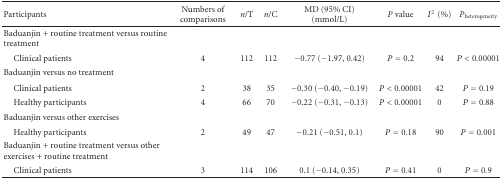
| Participants | Numbers of comparisons | n/T | n/C | MD (95% CI) (mmol/L) | P value | I2(%) | Pheterogeneity |
 | --- | --- | --- | --- | --- | --- | --- | --- |
 | Baduanjin + routine treatment versus routine treatment |  |  |  |  |  |  |  |
 | Clinical patients | 4 | 112 | 112 | −0.77 (−1.97, 0.42) | P = 0.2 | 94 | P < 0.00001 |
 | Baduanjin versus no treatment |  |  |  |  |  |  |  |
 | Clinical patients | 2 | 38 | 35 | −0.30 (−0.40, −0.19) | P < 0.00001 | 42 | P = 0.19 |
 | Healthy participants | 4 | 66 | 70 | −0.22 (−0.31, −0.13) | P < 0.00001 | 0 | P = 0.88 |
 | Baduanjin versus other exercises |  |  |  |  |  |  |  |
 | Healthy participants | 2 | 49 | 47 | −0.21 (−0.51, 0.1) | P = 0.18 | 90 | P = 0.001 |
 | Baduanjin + routine treatment versus other exercises + routine treatment |  |  |  |  |  |  |  |
 | Clinical patients | 3 | 114 | 106 | 0.1 (−0.14, 0.35) | P = 0.41 | 0 | P = 0.9 |